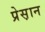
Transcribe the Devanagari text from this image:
प्रेस़ान